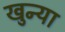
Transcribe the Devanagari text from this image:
खुन्या